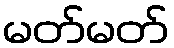
မတ်မတ်